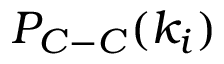
P _ { C - C } ( k _ { i } )